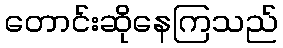
တောင်းဆိုနေကြသည်